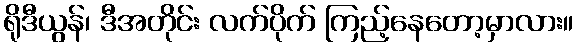
ရိုဒီယွန်၊ ဒီအတိုင်း လက်ပိုက် ကြည့်နေတော့မှာလား။